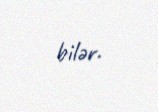
bilər.